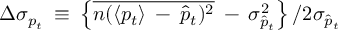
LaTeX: \Delta \sigma _ { p _ { t } } \: \equiv \: \left\{ \overline { { { n ( \langle p _ { t } \rangle \: - \: \hat { p } _ { t } ) ^ { 2 } } } } \: - \: \sigma _ { \hat { p } _ { t } } ^ { 2 } \right\} / { 2 \sigma _ { \hat { p } _ { t } } }